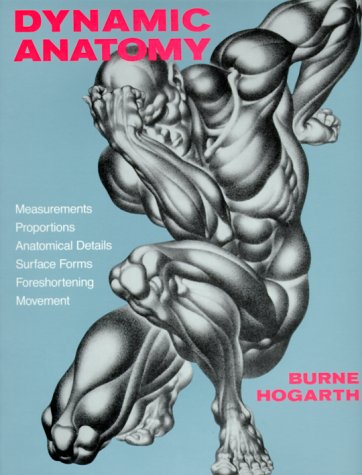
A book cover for Dynamic Anatomy; Burne Hogarth; Arts & Photography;